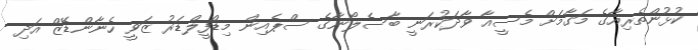
ކުޅުންތެރިއާގެ މަގާމަށް މެސީއާ ވާދަކުރަނީ ބާސެލޯނާގެ ސްޕެއިން މިޑްފީލްޑަރު ޒަވީ ހެނާންޑޭޒް އަދި